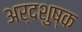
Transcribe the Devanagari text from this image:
अर्दशुष्क